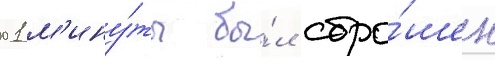
01 м'ину́ты бы́л сбро́шен